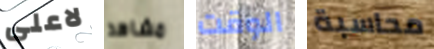
لاعلى مشاهد الوقت محاسبة